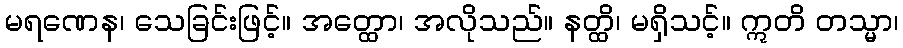
မရဏေန၊ သေခြင်းဖြင့်။ အတ္ထော၊ အလိုသည်။ နတ္ထိ၊ မရှိသင့်။ ဣတိ တသ္မာ၊